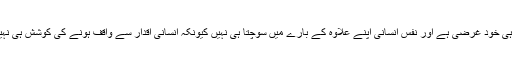
ہر طرف بے حیائی، بے غیرتی، نفس پرستی، خود غرضی ہی خود غرضی ہے اور نفس انسانی اپنے علاوہ کے بارے میں سوچتا ہی نہیں کیونکہ انسانی اقدار سے واقف ہونے کی کوشش ہی نہیں کی ہے اور اخلاق و کردار اور الہی سوچ سے عاری ہے۔